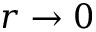
r \rightarrow 0